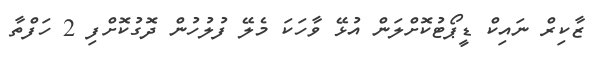
ޒާކިރް ނައިކް ޑީޕޯޓުކޮށްލަން އުޅޭ ވާހަކަ މެލޭ ފުލުހުން ދޮގުކޮށްފި 2 ހަފްތާ